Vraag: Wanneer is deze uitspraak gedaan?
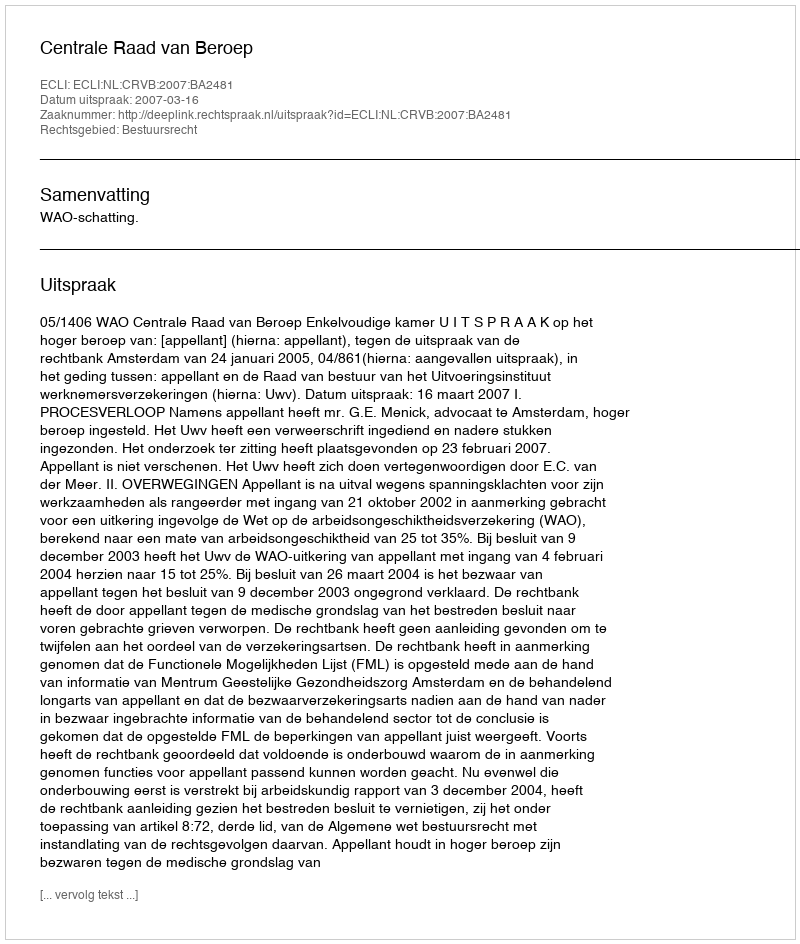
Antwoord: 2007-03-16